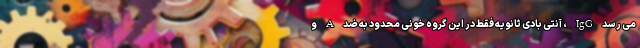
می رسد IgG ، آنتی بادی ثانویه فقط در این گروه خونی محدود به ضد A و